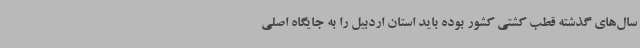
سال‌های گذشته قطب کشتی کشور بوده باید استان اردبیل را به جایگاه اصلی